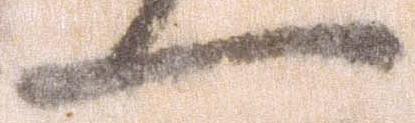
一